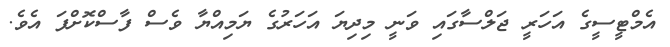
އެމްޓީސީގެ އަހަރީ ޖަލްސާގައި ވަނީ މިދިޔަ އަހަރުގެ ޔަމިއްޔާ ވެސް ފާސްކޮށްފަ އެވެ.